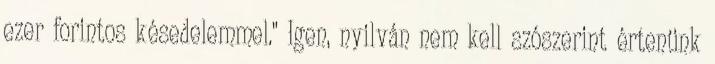
ezer forintos késedelemmel." Igen, nyilván nem kell szószerint értenünk